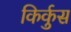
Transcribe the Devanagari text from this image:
किर्कुस